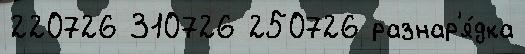
220726 310726 250726 разнар'я́дка